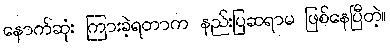
နောက်ဆုံး ကြားခဲ့ရတာက နည်းပြဆရာမ ဖြစ်နေပြီတဲ့။